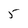
Character: 5